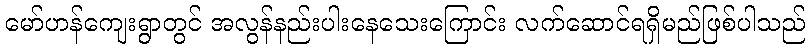
မော်ဟန်ကျေးရွာတွင် အလွန်နည်းပါးနေသေးကြောင်း လက်ဆောင်ရရှိမည်ဖြစ်ပါသည်